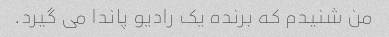
من شنیدم که برنده یک رادیو پاندا می گیرد.